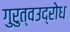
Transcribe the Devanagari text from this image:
गुरुत्वउद्रोध